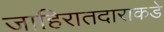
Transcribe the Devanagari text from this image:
जाहिरातदाराकडे